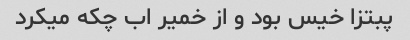
پبتزا خیس بود و از خمیر اب چکه میکرد